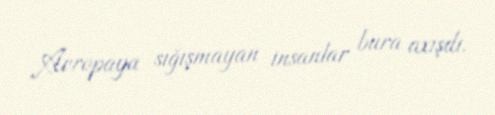
Avropaya sığışmayan insanlar bura axışdı.